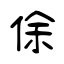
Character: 俆